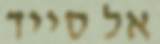
אל סייד